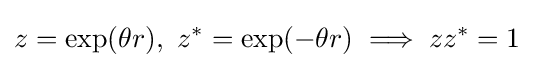
z=\exp(\theta r),\ z^{*}=\exp(-\theta r)\implies zz^{*}=1